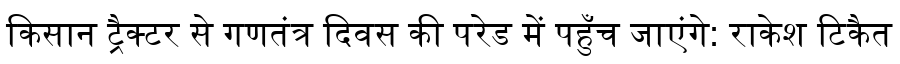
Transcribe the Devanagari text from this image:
किसान ट्रैक्टर से गणतंत्र दिवस की परेड में पहुँच जाएंगे: राकेश टिकैत